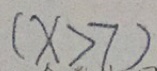
( x > 7 )